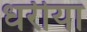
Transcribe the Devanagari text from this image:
धरीया